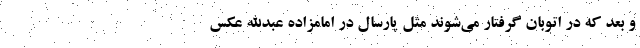
و بعد که در اتوبان گرفتار می‌شوند مثل پارسال در امامزاده عبدالله عکس